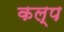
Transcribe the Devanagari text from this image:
कल्‍प